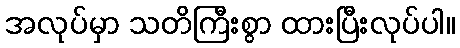
အလုပ်မှာ သတိကြီးစွာ ထားပြီးလုပ်ပါ။